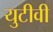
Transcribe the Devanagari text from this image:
युटीवी